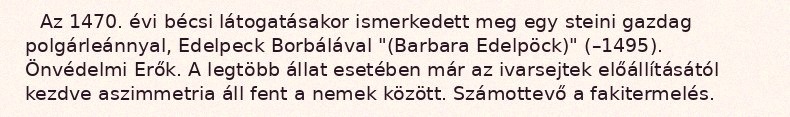
Az 1470. évi bécsi látogatásakor ismerkedett meg egy steini gazdag polgárleánnyal, Edelpeck Borbálával "(Barbara Edelpöck)" (–1495). Önvédelmi Erők. A legtöbb állat esetében már az ivarsejtek előállításától kezdve aszimmetria áll fent a nemek között. Számottevő a fakitermelés.